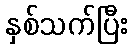
နှစ်သက်ပြီး